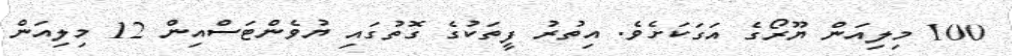
100 މިލިއަން ޔޫރޯގެ އަގަކަށެވެ. އިތުރު ފީތަކުގެ ގޮތުގައި ޔުވެންޓަސްއިން 12 މިލިއަން